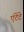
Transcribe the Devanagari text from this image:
एंटेंटे